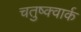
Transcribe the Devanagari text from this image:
चतुष्क्वार्क